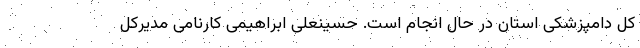
کل دامپزشکی استان در حال انجام است. حسینعلی ابراهیمی کارنامی مدیرکل